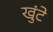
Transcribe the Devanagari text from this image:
खुंटे